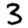
Digit: 3